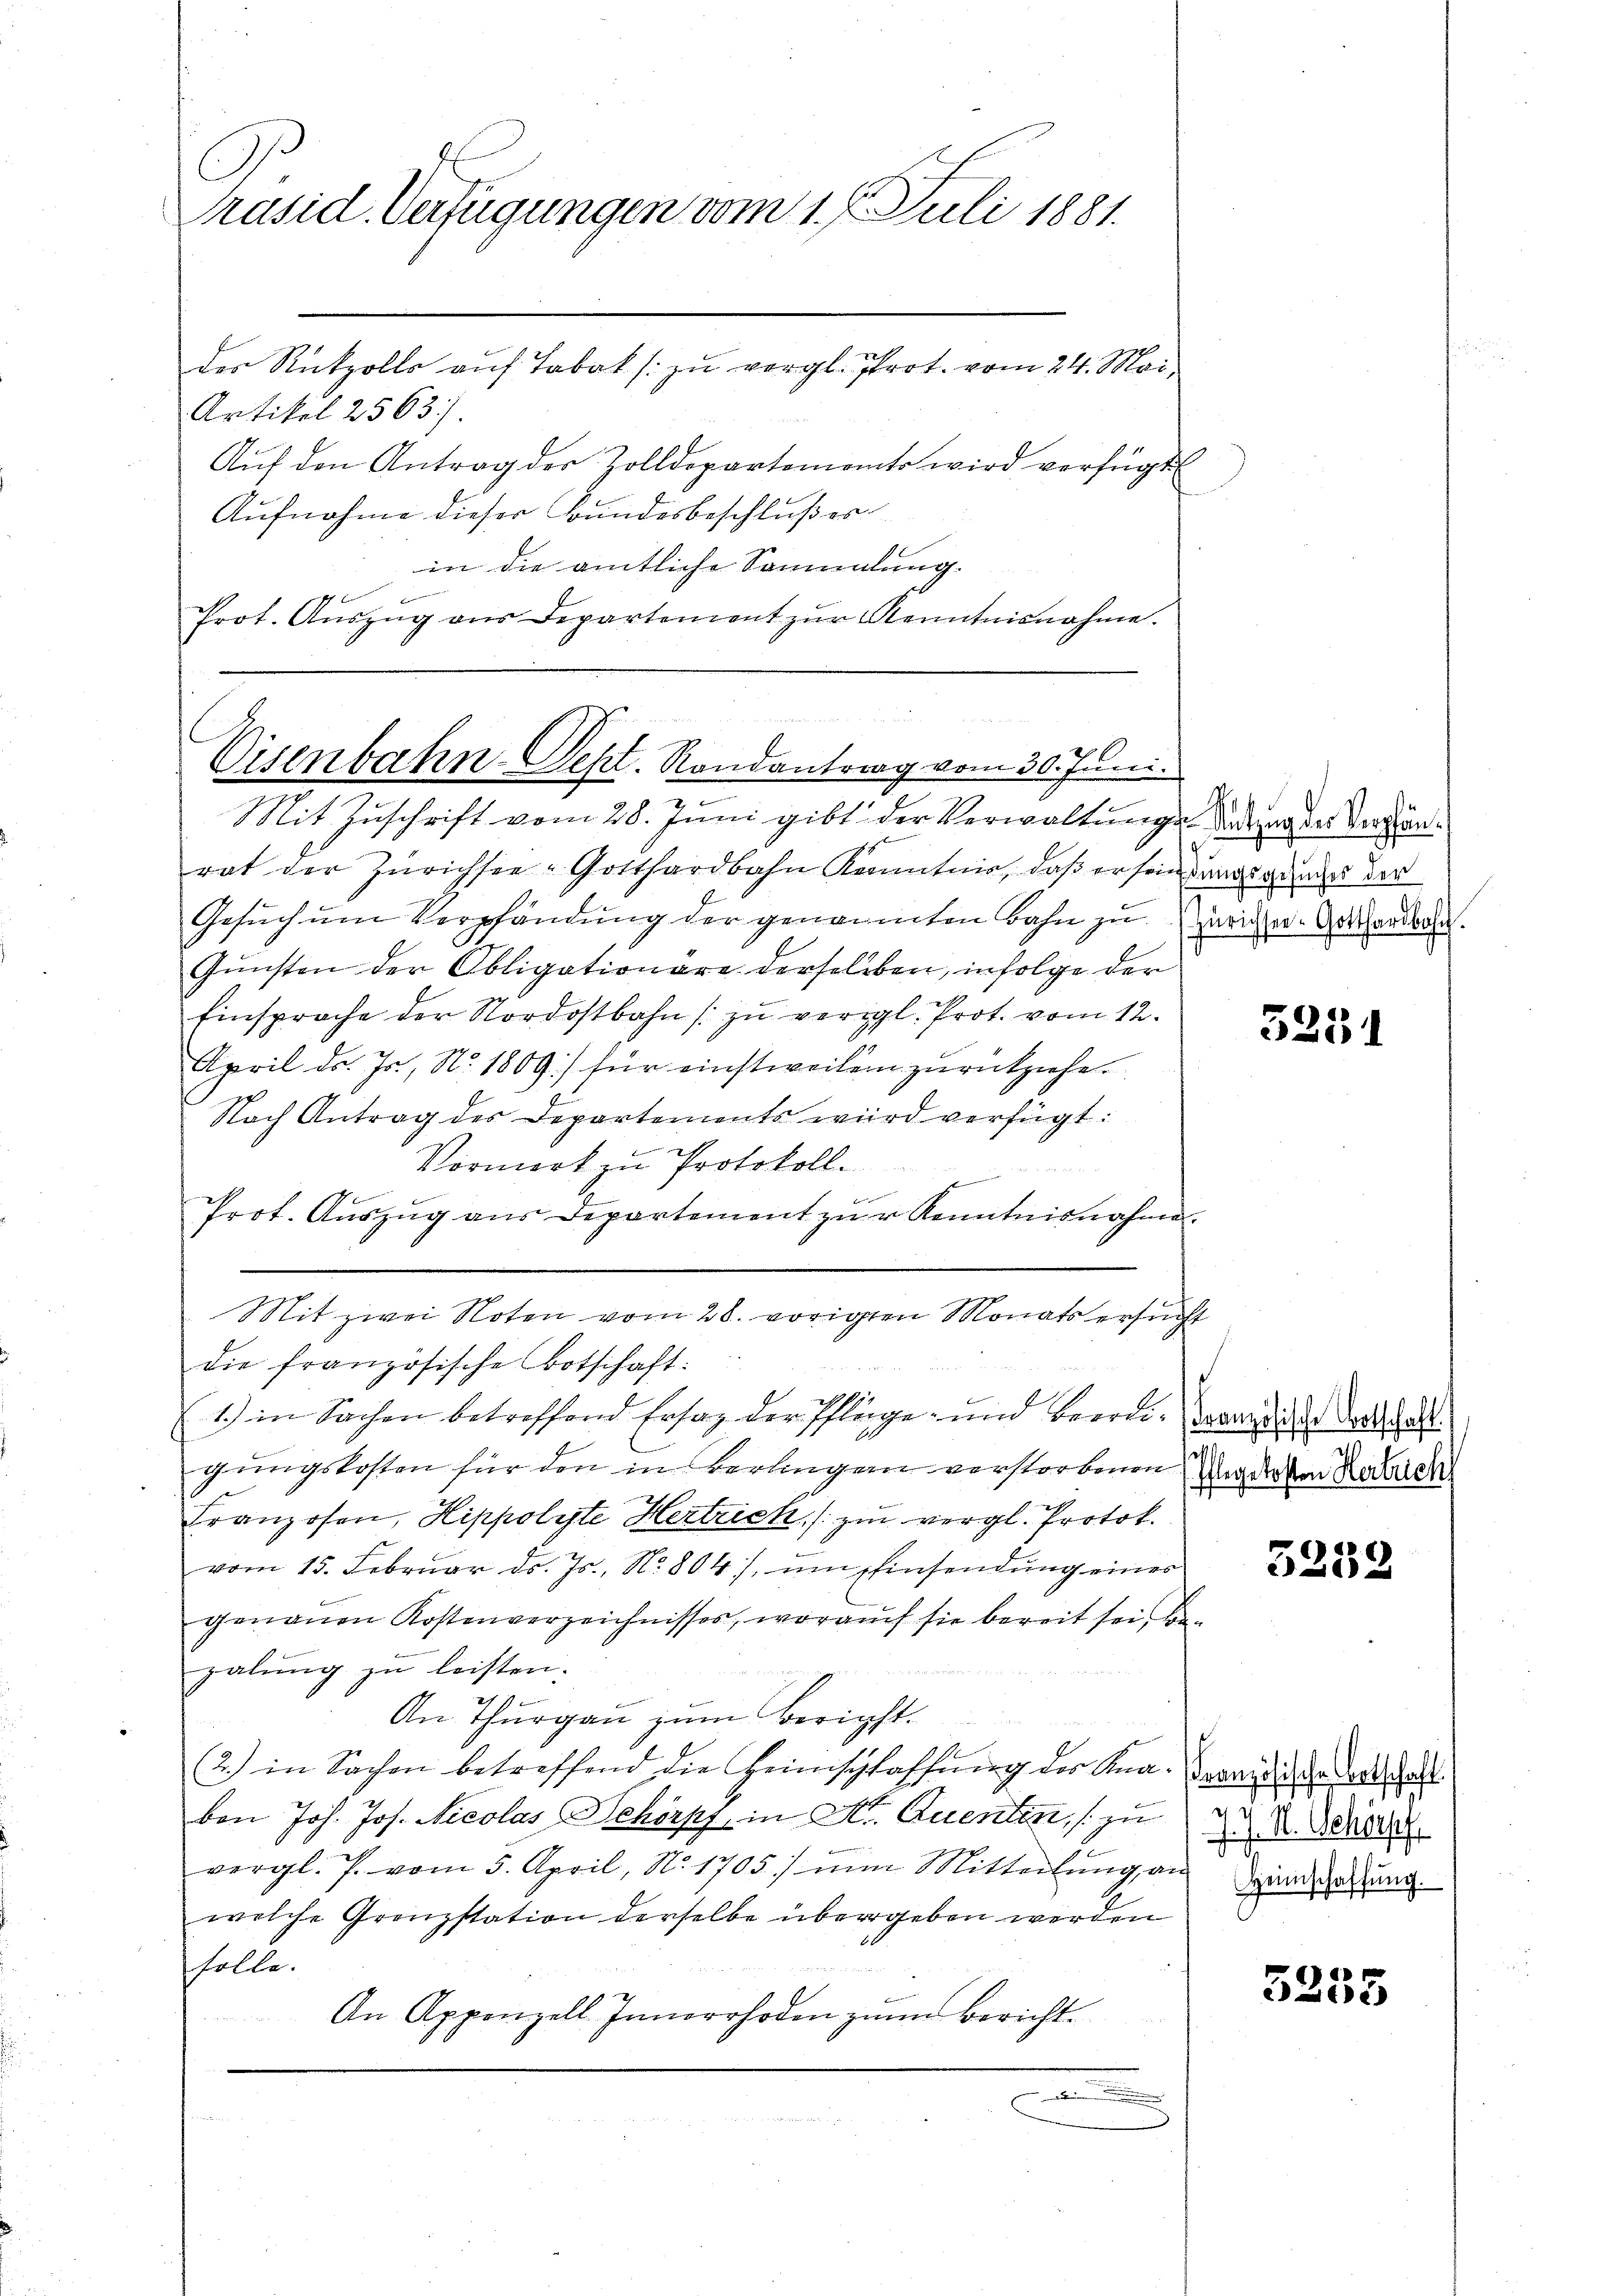
C
Präsid. Verfügungen vom 1. Juli 1881.

Artikel 2563
Aŭf den Antrag der Zolldepartements wird verfügt
Aufnahme dieser Bundesbeschlußes
in die amtliche Sammlung.
Prot. Aŭszŭg ans Departement zŭr Kenntnisnahme.

der Rückzolls auf Tabak (zu vergl. Prot. vom 24. Mai

Eisenbahn-Sept. Randantrag vom 30. Juni.

Mit zwei Noten vom 28. vorigten Monats ersŭcht

Mit Zuschrift vom 28. Juni gibt der Verwaltunge das an der Verstänrat der Zürichsee-Gotthardbahn Kenntnis, daβ er sein angeganges der
Gesuch um Verpfändung der genannten Bahn zu. Züricher-Aathardbahn.
Gŭnsten der Obligationare derselben, infolge der
Einsprache der Nordostbahn zŭ vergl. Prot. vom 12.
April d. Js., No. 1809.) für einstweilen zurückziehe.
Nach Antrag des Departements wird verfügt:
Vormerk zu Protokoll.
Prot. Aŭszŭg ans Departement zŭr Kenntnisnahme.
.
die französische Botschaft:
1.) in Sachen betreffend Ersatz der Pflege- und beerdiensieder Dotteshalt
gungskosten für den in Berlingen verstorbenen
Franzosen, Hippolyte Hertrick, zu vergl. Protok.
vom 15. Febrŭar d. Js., No. 804), ŭm Einsendŭng eines
genauen Kostenverzeichnisses, worauf sie bereit sei Be-
galung zu leisten.
An Thurgau zum Bericht.
f
(2.) in Sachen betreffend die Heimschlaffŭng des Kna-Vorandidee der halt
von Joh. Jos. Nicolas Schörpf, in St. Quenten, zu
vergl. P. vom 5. April, No. 1705) nŭn Mitteilŭng an
welche Grenzstation derselbe übergeben werden
solle.
An Appenzell Innerrhoden zum Bericht.
.

g

5251

u
Pflegekosten Herrich

5252

J. J. M. Schörpf
Heimschaffŭng.

5255